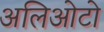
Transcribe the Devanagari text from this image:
अलिओटो